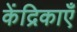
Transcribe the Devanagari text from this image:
केंद्रिकाएँ